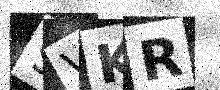
Text: 9VKR